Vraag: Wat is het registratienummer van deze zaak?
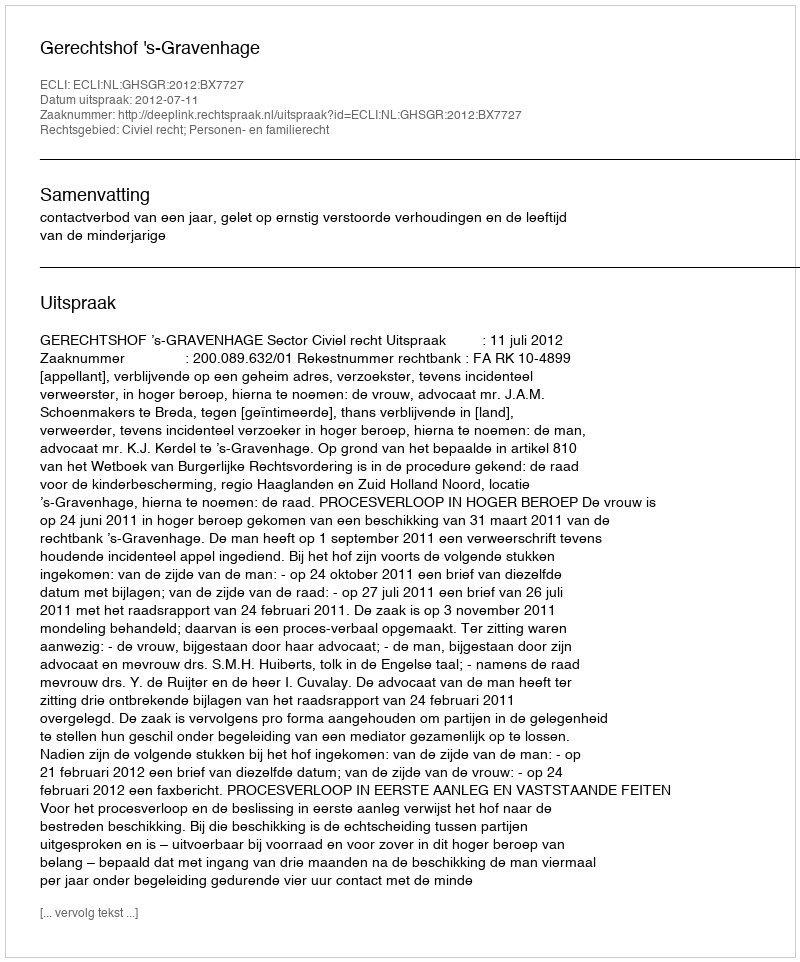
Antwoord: http://deeplink.rechtspraak.nl/uitspraak?id=ECLI:NL:GHSGR:2012:BX7727